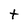
Character: t